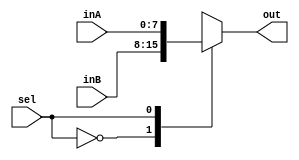
`timescale 1ns / 1ps
//////////////////////////////////////////////////////////////////////////////////
// Company: University of Arizona
// 
// Implemented in ECE369
//////////////////////////////////////////////////////////////////////////////////

module Mux8Bit2To1(out, inA, inB, sel);

    output reg [7:0] out;
    
    input [7:0] inA;
    input [7:0] inB;
    input sel;

    always @(*) begin
        case(sel)
            1'b0: out <= inB;
            1'b1: out <= inA;
        endcase
    end

endmodule